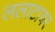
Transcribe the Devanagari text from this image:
ललाटावर